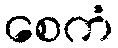
စေကံ